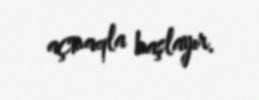
açmaqla başlayır.